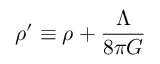
\rho ^ { \prime } \equiv \rho + { \frac { \Lambda } { 8 \pi G } }